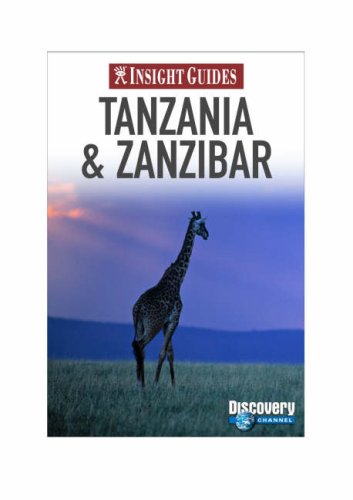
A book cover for Insight Guides: Tanzania & Zanzibar; Travel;